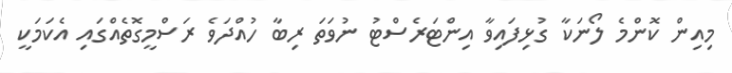
މިއިން ކޮންމެ ލޯނަކާ ގުޅިފައިވާ އިންޓަރެސްޓު ނުވަތަ ރިބާ ހުއްދަވެ ރަސްމީގޮތެއްގައި އެކަމަކީ